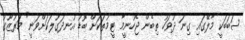
ސަބަބަކީ މާލޭގައި ގިނަ ދުވަހު ތިބެން ޖެހުނީމާ ޓީމުތަކަށް ބޮޑު އުނދަގުލަކަށްވަނީ" މަރުޒޫގު